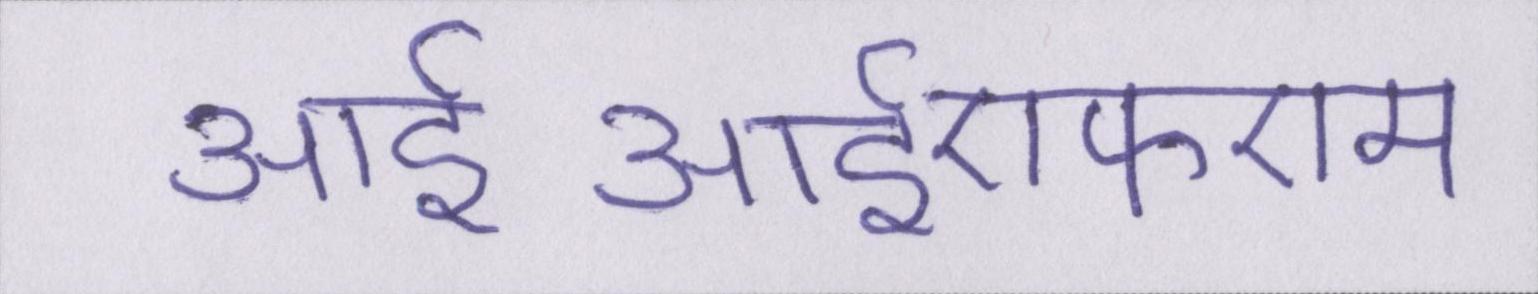
आईआईएफएम